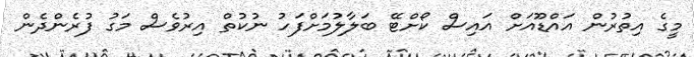
މީގެ އިތުރުން އައްޑޫއަށް އައިސް ކޯށްޓޭ ބަލާލުމަށްފަހު ނުކުތް އިރުވެސް މަގު ފުރެންދެން